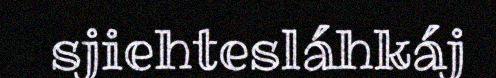
sjiehtesláhkáj